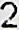
2